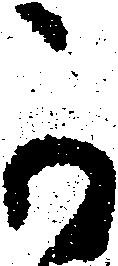
可